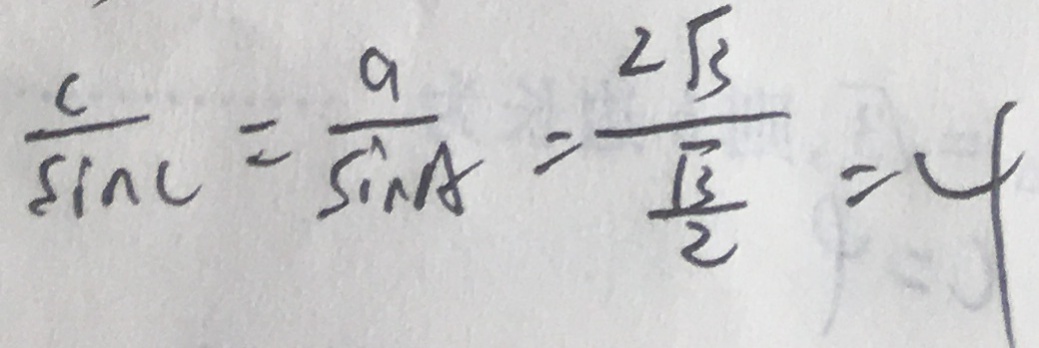
\frac { c } { \sin C } = \frac { a } { \sin A } = \frac { 2 \sqrt { 3 } } { \frac { \sqrt { 3 } } { 2 } } = 4